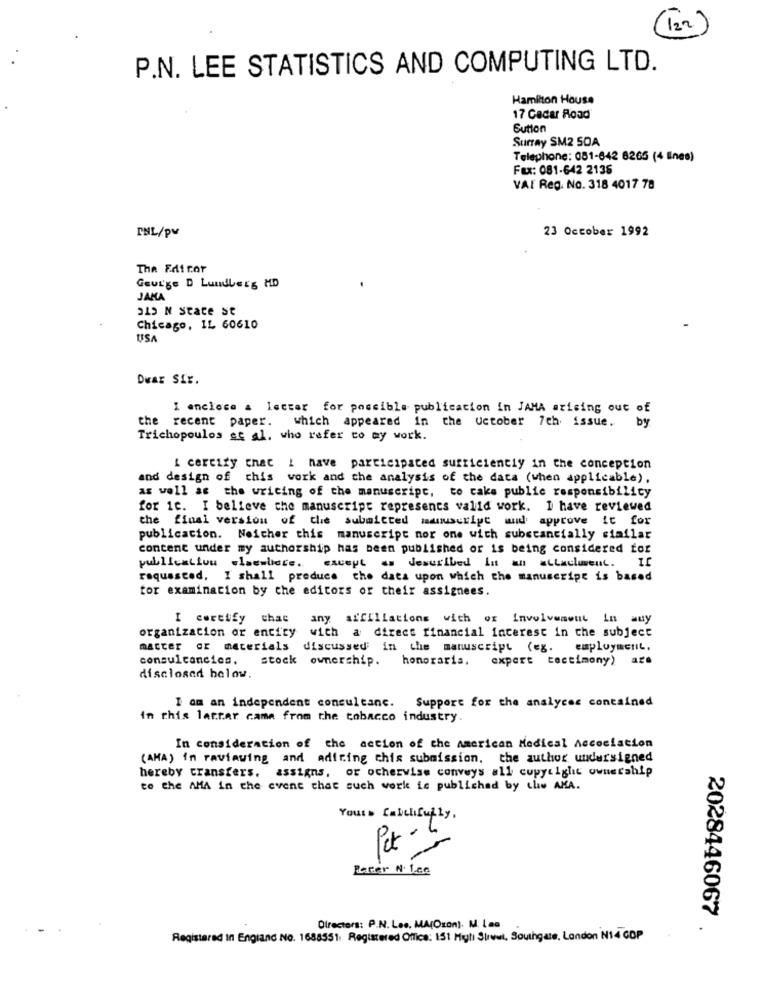
(122)
P.N. LEE STATISTICS AND COMPUTING LTD.
Hamilton House
17 Cadar Road'
Button
Surray SM2 SOA
Telephone: 081-642 8265 (4 lines)
Fax: 081-642 2138
VAI Reg. No. 318 4017 78
23 October 1992
PNL/PV
The Edt cor
Geur'ge D Lundberg MD
JAKA
315 NSace st
Chicago, IL 60610
USA
Dwar Sir.
I enclose a lecter for possible publication in JAMA arising out of
the
recent paper. which appeared in the October 7th issue. by
Trichopoulos et al. who refer to my work.
I certify that I have participated sufficiently in the conception
and design of this work and che analysis of the data (when applicable),
as well as the writing of the manuscript, to cake public responsibility
for it. I believe the manuscript represents valid work. I have reviewed
the final version of the submitted manuscript and approve it for
publication. Neither this manuscript nor one with substancially similar
concent under my authorship has been published or is being considered for
except as described In an attaclument.
publication .laesbiete.
requested. I shall preduce the data upon which the manuscript is based
tor examination by the editors or their assignees.
I certify chac
any affiliations with or Involvement in any
organization or entity
with a direct financial interest in the subject
master Gr materials
discussed in the manuscript (eg. employment.
consulcancics,
stock ownership.
honoraria.
export testimony) are
disclosed below.
I am an independent consultanc. Support for the analyces contained
In this latter came from the tobacco industry.
In consideration of the action of the American Medical Accociation
(AMA) in raviaving and adiring chis submission, the author undersigned
hereby transfers, assigns, or otherwise conveys all copyright ownership
to the AMA in the event that such work is publichad by che AMA.
Yours Calchifully.
Pet -
Rater N. f.ce
Directors: P.N. Les. MA(Ozon). M. Las
2028446067 .
Registered in England No. 1688551. Registered Office: 151 Myl Sirwut, Southgate, London N14 COP